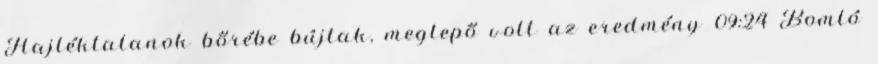
Hajléktalanok bőrébe bújtak, meglepő volt az eredmény 09:24 Bomló